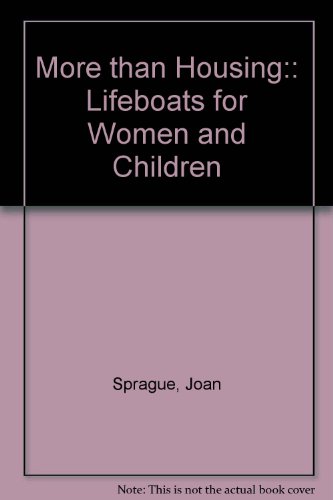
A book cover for More than Housing:: Lifeboats for Women and Children; Joan Sprague; Law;